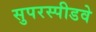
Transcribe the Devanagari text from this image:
सुपरस्पीडवे